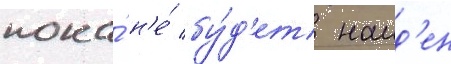
пока́ н'е́ бу́д'ет наид'ен